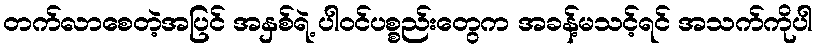
တက်လာစေတဲ့အပြင် အနှစ်ရဲ့ ပါဝင်ပစ္စည်းတွေက အခန့်မသင့်ရင် အသက်ကိုပါ